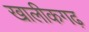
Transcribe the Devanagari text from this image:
खालीकगढ़